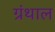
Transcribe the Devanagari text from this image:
ग्रंथाल